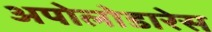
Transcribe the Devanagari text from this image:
अपोलोडारेस